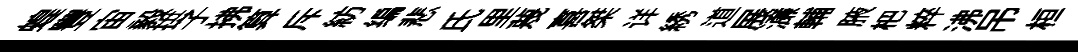
蝗豐宙毅拱子拂算斥紡编悲氏里蔑喜桀详綉道展濓輔腋杷粹沸吊桓